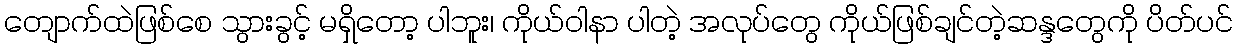
တျောက်ထဲဖြစ်စေ သွားခွင့် မရှိတော့ ပါဘူး၊ ကိုယ်ဝါနာ ပါတဲ့ အလုပ်တွေ ကိုယ်ဖြစ်ချင်တဲ့ဆန္ဒတွေကို ပိတ်ပင်